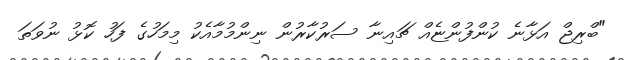
"ބްރިޖް އަޅާނެ ކުންފުންޏެއް ޗައިނާ ސަރުކާރުން ނިންމުމާއެކު މިމަހުގެ ފަހު ކޮޅު ނުވަތަ